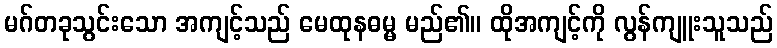
မဂ်တခုသွင်းသော အကျင့်သည် မေထုနဓမ္မ မည်၏။ ထိုအကျင့်ကို လွန်ကျူးသူသည်